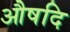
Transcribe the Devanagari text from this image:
औषदि